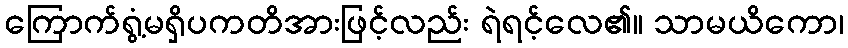
ကြောက်ရွံ့မရှိပကတိအားဖြင့်လည်း ရဲရင့်လေ၏။ သာမယိကော၊